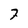
Character: 7